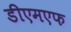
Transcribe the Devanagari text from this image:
डीएमएफ